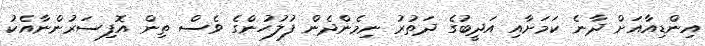
އިންޑިއާއަށް ދާނެ ކަމަށާއި އަދީބުގެ ދަތުރު ނިމެންދެން ފުލުހުންގެ ވެސް ތިން އޮފިސަރުންނާއެކު